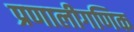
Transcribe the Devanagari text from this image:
प्रणालीगणिक